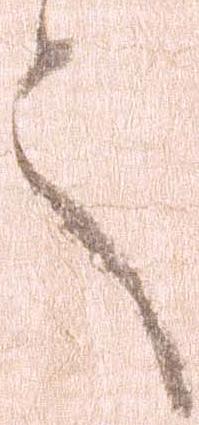
言